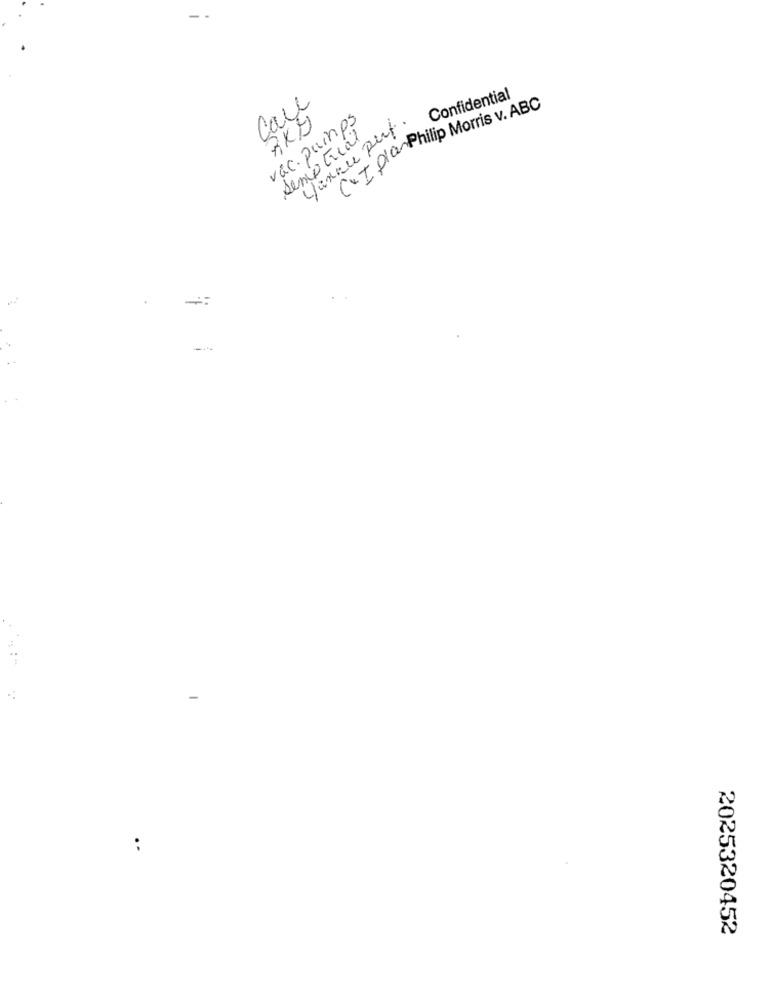
Care
Confidential
CxI planPhilip Morris v. ABC
RKU
vac. puinps
fanou put.
semp trial
..
2025320452